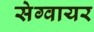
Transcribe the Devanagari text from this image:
सेग्वायर